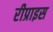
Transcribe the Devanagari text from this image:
रीप्राइस